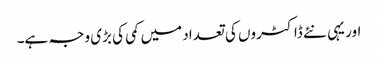
اور یہی نئے ڈاکٹروں کی تعداد میں کمی کی بڑی وجہ ہے۔